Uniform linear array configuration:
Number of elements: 16
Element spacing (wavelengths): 0.75
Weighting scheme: cosine
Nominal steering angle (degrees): -60
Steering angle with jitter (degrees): -60.772
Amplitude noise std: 0.05
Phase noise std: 0.05

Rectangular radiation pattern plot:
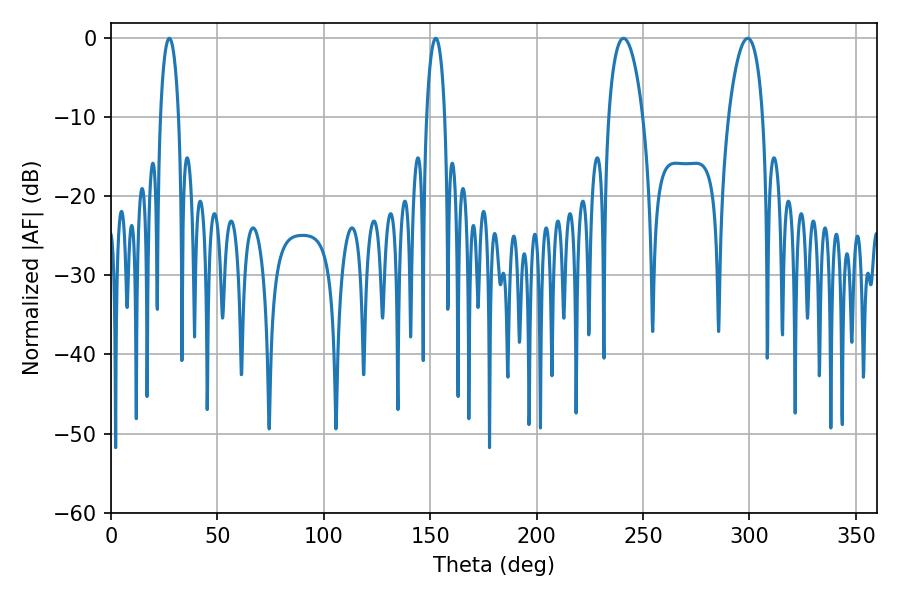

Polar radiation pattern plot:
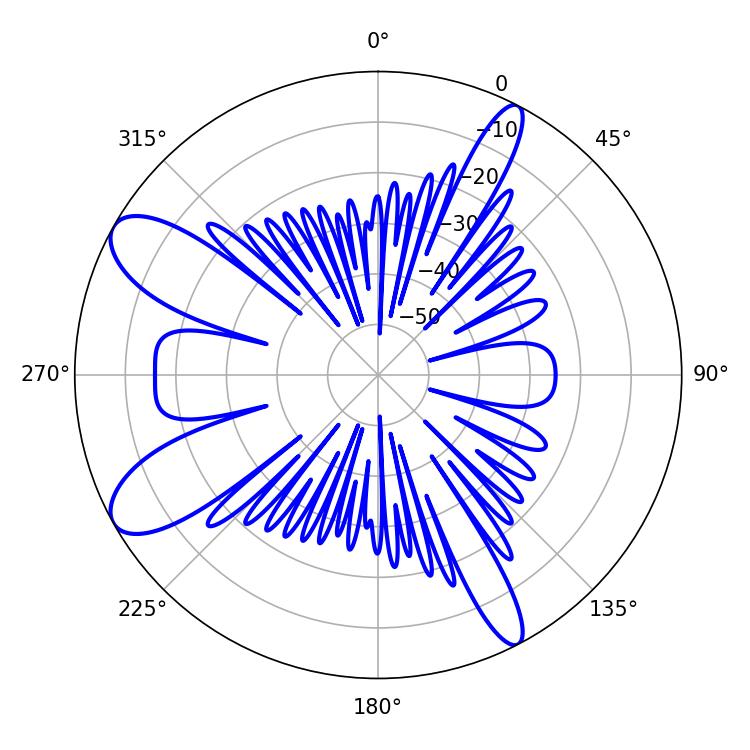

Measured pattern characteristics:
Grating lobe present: TRUE
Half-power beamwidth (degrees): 9
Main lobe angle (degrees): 299.16